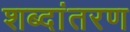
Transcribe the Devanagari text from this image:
शब्दांतरण